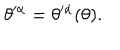
LaTeX: \theta ^ { \prime \alpha } = \theta ^ { \prime \alpha } ( \theta ) .